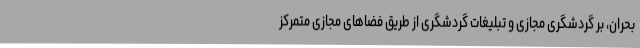
بحران، بر گردشگری مجازی و تبلیغات گردشگری از طریق فضاهای مجازی متمرکز